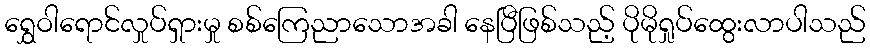
ရွှေဝါရောင်လှုပ်ရှားမှု စစ်ကြေညာသောအခါ နေပြီဖြစ်သည့် ပိုမိုရှုပ်ထွေးလာပါသည်